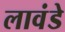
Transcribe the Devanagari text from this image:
लावंडे